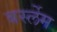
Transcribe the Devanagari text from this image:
बर्स्लेम